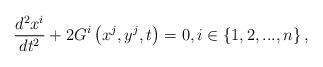
LaTeX: \begin{align*}\frac{d^{2}x^{i}}{dt^{2}}+2G^{i}\left( x^{j},y^{j},t\right) =0,i\in \left\{1,2,...,n\right\} , \end{align*}